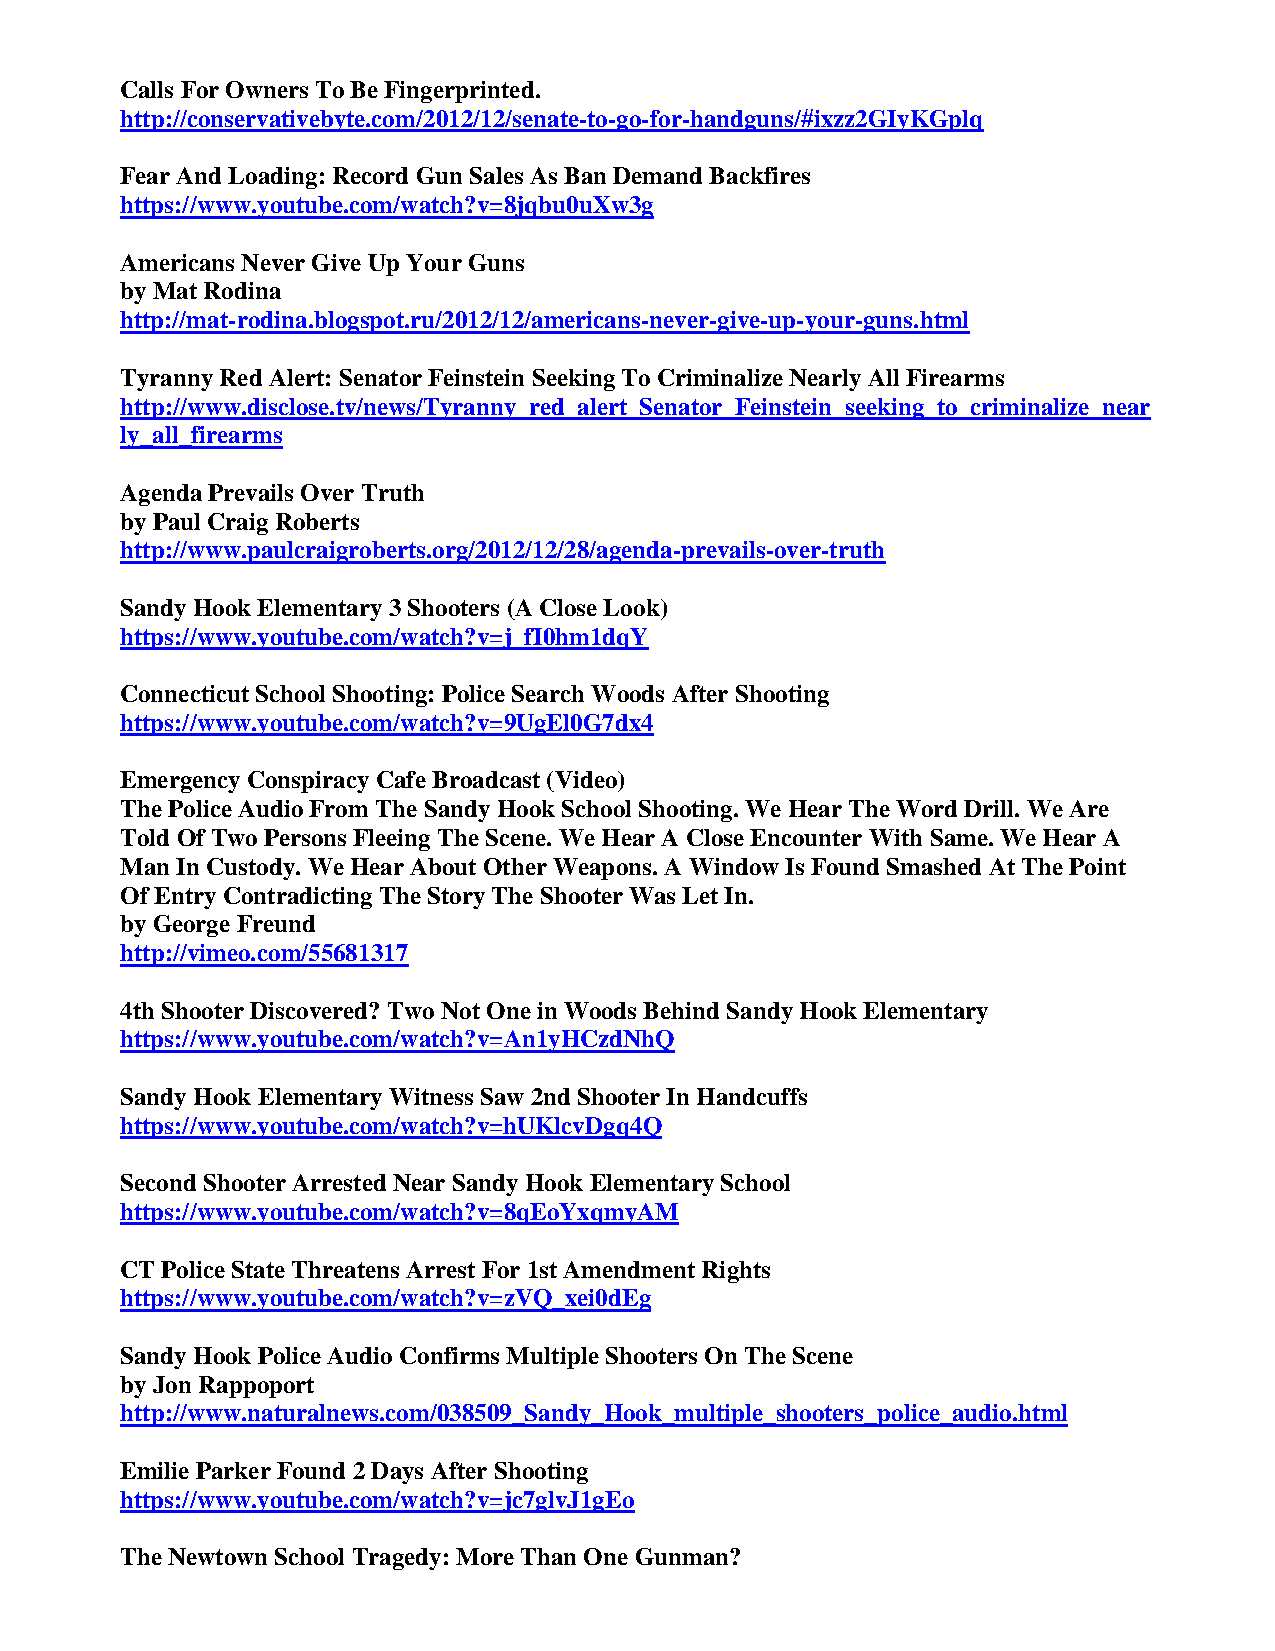
Calls For Owners To Be Fingerprinted.
 http://conservativebyte.com/2012/12/senate-to-go-for-handguns/#ixzz2GIyKGplq
 Fear And Loading: Record Gun Sales As Ban Demand Backfires
 https://www.youtube.com/watch?v=8jqbu0uXw3g
 Americans Never Give Up Your Guns
 by Mat Rodina
 http://mat-rodina.blogspot.ru/2012/12/americans-never-give-up-your-guns.html
 Tyranny Red Alert: Senator Feinstein Seeking To Criminalize Nearly All Firearms
 http://www.disclose.tv/news/Tyranny_red_alert_Senator_Feinstein_seeking_to_criminalize_near
 ly_all_firearms
 Agenda Prevails Over Truth
 by Paul Craig Roberts
 http://www.paulcraigroberts.org/2012/12/28/agenda-prevails-over-truth
 Sandy Hook Elementary 3 Shooters (A Close Look)
 https://www.youtube.com/watch?v=j_fI0hm1dqY
 Connecticut School Shooting: Police Search Woods After Shooting
 https://www.youtube.com/watch?v=9UgEl0G7dx4
 Emergency Conspiracy Cafe Broadcast (Video)
 The Police Audio From The Sandy Hook School Shooting. We Hear The Word Drill. We Are
 Told Of Two Persons Fleeing The Scene. We Hear A Close Encounter With Same. We Hear A
 Man In Custody. We Hear About Other Weapons. A Window Is Found Smashed At The Point
 Of Entry Contradicting The Story The Shooter Was Let In.
 by George Freund
 http://vimeo.com/55681317
 4th Shooter Discovered? Two Not One in Woods Behind Sandy Hook Elementary
 https://www.youtube.com/watch?v=An1yHCzdNhQ
 Sandy Hook Elementary Witness Saw 2nd Shooter In Handcuffs
 https://www.youtube.com/watch?v=hUKlcvDgq4Q
 Second Shooter Arrested Near Sandy Hook Elementary School
 https://www.youtube.com/watch?v=8qEoYxqmyAM
 CT Police State Threatens Arrest For 1st Amendment Rights
 https://www.youtube.com/watch?v=zVQ_xei0dEg
 Sandy Hook Police Audio Confirms Multiple Shooters On The Scene
 by Jon Rappoport
 http://www.naturalnews.com/038509_Sandy_Hook_multiple_shooters_police_audio.html
 Emilie Parker Found 2 Days After Shooting
 https://www.youtube.com/watch?v=jc7glvJ1gEo
 The Newtown School Tragedy: More Than One Gunman?